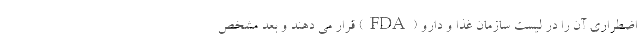
اضطراری آن را در لیست سازمان غذا و دارو (FDA) قرار می دهند و بعد مشخص